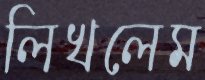
লিখলেম